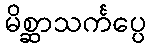
မိစ္ဆာသင်္ကပ္ပေ